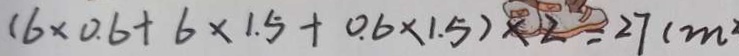
( 6 \times 0 . 6 + 6 \times 1 . 5 + 0 . 6 \times 1 . 5 ) \times 2 = 2 7 ( m ^ { 2 }